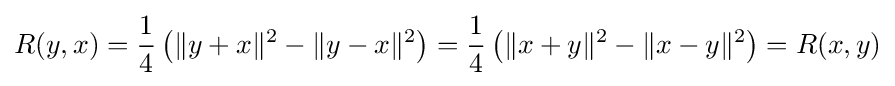
R(y,x)={\frac {1}{4}}\left(\|y+x\|^{2}-\|y-x\|^{2}\right)={\frac {1}{4}}\left(\|x+y\|^{2}-\|x-y\|^{2}\right)=R(x,y)